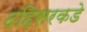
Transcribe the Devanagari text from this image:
दहिसरकडे